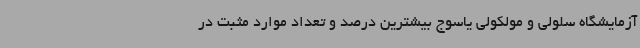
آزمایشگاه سلولی و مولکولی یاسوج بیشترین درصد و تعداد موارد مثبت در